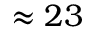
\approx 2 3